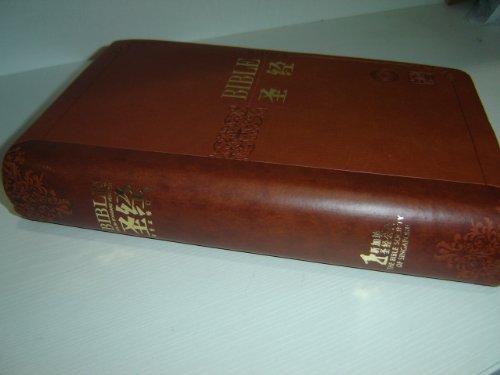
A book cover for Bilingual English Chinese Holy Bible / English Standard Version - Revised Chinese Union Version, Simplified Chinese / ESV - RCUV / Luxury Brown Cover with Golden Edges, Maps, Large Chinese Characters / ESV/RCUVSS65 / First Printing Singapore; The Bible Society Of Singapore; Travel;